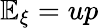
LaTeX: \mathbb{E}_{\xi}=up